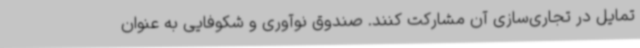
تمایل در تجاری‌سازی آن مشارکت کنند. صندوق نوآوری و شکوفایی به عنوان